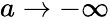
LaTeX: a\rightarrow-\infty